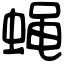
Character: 蝇